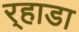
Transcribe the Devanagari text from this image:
र्‍हाडा